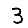
Digit: 3